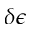
\delta \epsilon